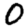
Digit: 0